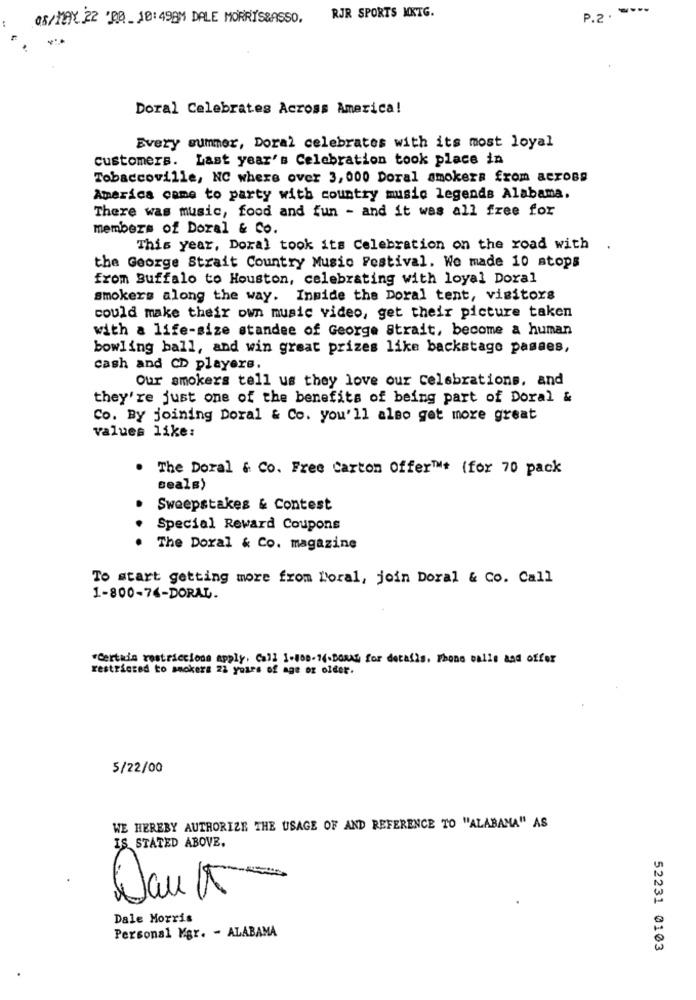
.....
05/MAY 22 '100 _ 10:49AM DALE MORRISBASSO.
RJR SPORTS MKTG.
P.2.
Doral Celebrates Across America!
Every summer, Doral celebrates with its most loyal
Customers. Last year's Celebration took place in
Tobaccoville, NC where over 3,000 Doral smokers from across
America came to party with country music legends Alabama.
There was music, food and fun - and it was all free for
members of Doral & Co.
This year, Doral took its Celebration on the road with
the George Strait Country Music Festival. We made 10 stops
from Buffalo to Houston, celebrating with loyal Doral
smokers along the way. Inmide the Doral tent, visitors
could make their own music video, get their picture taken
with a life-size standee of George Strait, become a human
bowling ball, and win great prizes like backstage pasaes,
cash and CD players.
Our smokers tell us they love our Celebrations, and
they're just one of the benefits of being part of Doral &
Co. By joining Doral & Co. you'll also get more great
values like:
The Doral & Co. Free Carton Offer™t (for 70 pack
ceals)
Sweepstakes & Contest
..
Special Reward Coupons
The Doral & Co. magazine
To start getting more from Moral, join Doral & Co. Call
1-800-74-DORAL.
"Certada restriccions apply, Call 1-808-16-DORAL for details. Phone calls and offer
restricted to smokers 22 years of age or older.
5/22/00
WE HEREBY AUTHORIZE THE USAGE OF AND REFERENCE TO "ALABAMA" AS
IS STATED ABOVE.
Dank
Dale Morris
Personal Mgr. - ALABAMA
52231 0103